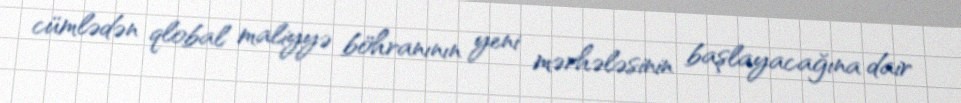
cümlədən qlobal maliyyə böhranının yeni mərhələsinin başlayacağına dair